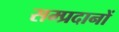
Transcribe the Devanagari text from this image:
सम्प्रदानों